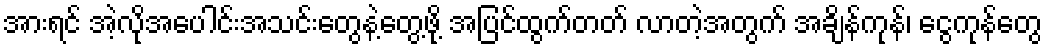
အားရင် အဲ့လိုအပေါင်းအသင်းတွေနဲ့တွေ့ဖို့ အပြင်ထွက်တတ် လာတဲ့အတွက် အချိန်ကုန်၊ ငွေကုန်တွေ